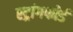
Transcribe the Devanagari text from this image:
स्ट्रांगफोर्ड